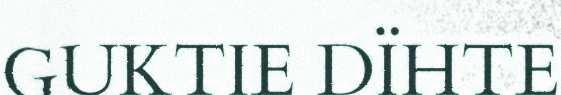
GUKTIE DÏHTE